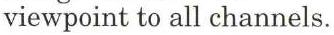
viewpoint to all channels.